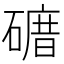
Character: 𥕒